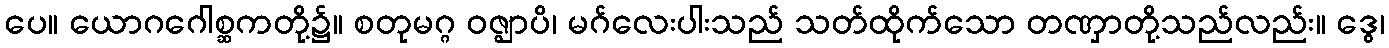
ပေ။ ယောဂဂေါစ္ဆကတို့၌။ စတုမဂ္ဂ ဝဇ္ဈာပိ၊ မဂ်လေးပါးသည် သတ်ထိုက်သော တဏှာတို့သည်လည်း။ ဒွေ၊